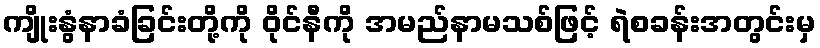
ကျိုးနွံနာခံခြင်းတို့ကို ဝိုင်နီကို အမည်နာမသစ်ဖြင့် ရဲစခန်းအတွင်းမှ